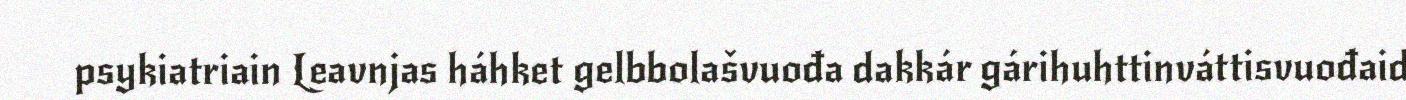
psykiatriain Leavnjas háhket gelbbolašvuođa dakkár gárihuhttinváttisvuođaid